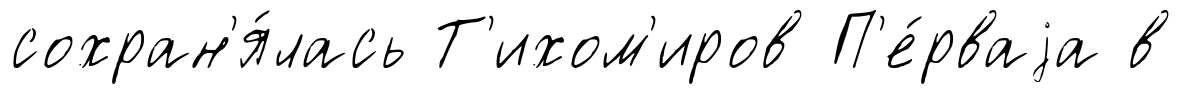
сохран'я́лась Т'ихом'иров П'е́рваjа в